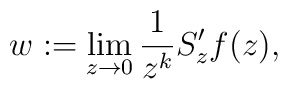
w:=\lim_{z\to 0} \frac{1}{z^k} S'_z f(z),